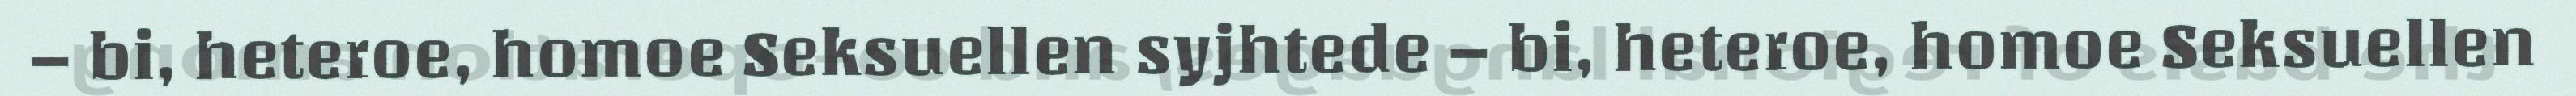
– bi, heteroe, homoe Seksuellen syjhtede – bi, heteroe, homoe Seksuellen